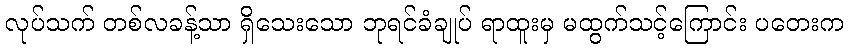
လုပ်သက် တစ်လခန့်သာ ရှိသေးသော ဘုရင်ခံချုပ် ရာထူးမှ မထွက်သင့်ကြောင်း ပတေးက